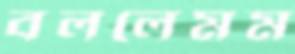
বললেমম